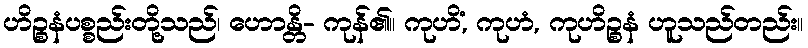
ဟိဉ္စနံပစ္စည်းတို့သည်၊ ဟောန္တိ- ကုန်၏။ ကုဟိံ, ကုဟံ, ကုဟိဉ္စနံ ဟူသည်တည်း။